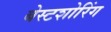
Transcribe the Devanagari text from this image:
बेस्टशोरिंग